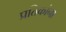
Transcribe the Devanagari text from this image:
प्रतिकांना